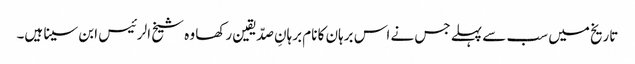
تاریخ میں سب سے پہلے جس نے اس برہان کا نام برہانِ صدّیقین رکھا وہ شیخ الرئیس ابن سینا ہیں۔